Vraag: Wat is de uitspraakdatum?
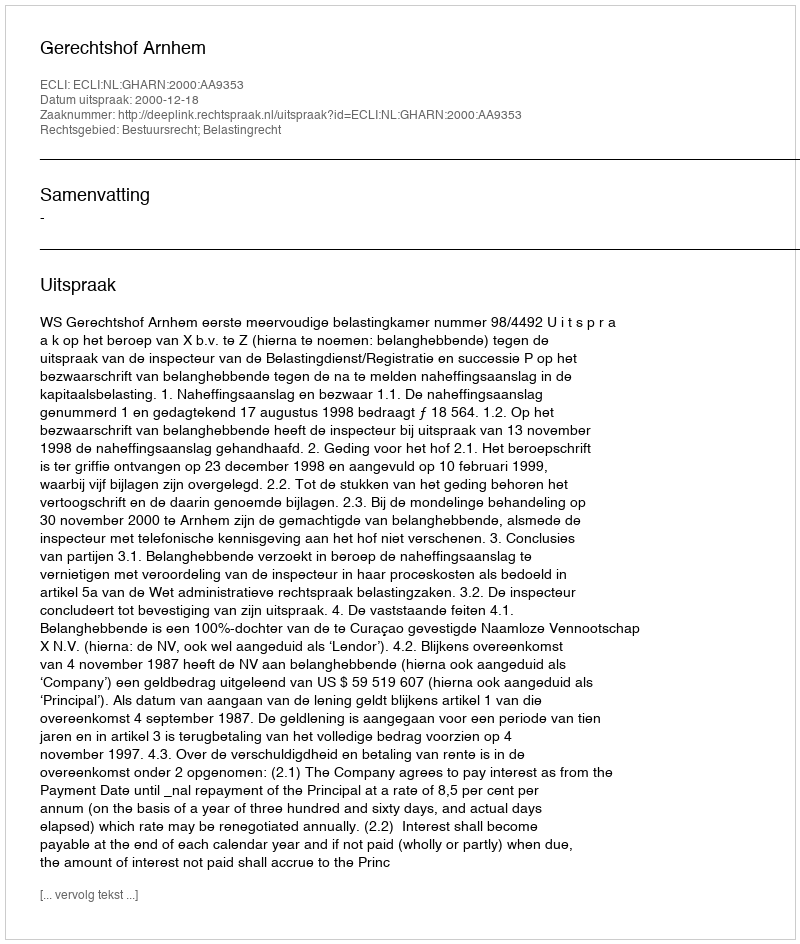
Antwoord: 2000-12-18